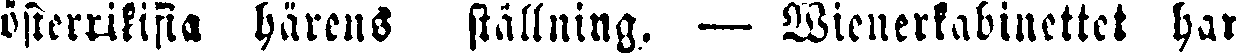
österrikiska härens ställning. — Wienerkabinettet har